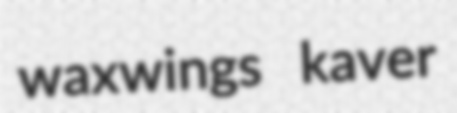
waxwings kaver